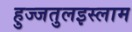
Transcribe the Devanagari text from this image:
हुज्जतुलइस्लाम